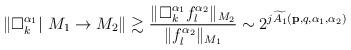
LaTeX: \begin{align*} \left\|\Box_k^{\alpha_1}|~M_1\rightarrow M_2\right\| \gtrsim \frac{\|\Box_k^{\alpha_1} f_l^{\alpha_2}\|_{M_2}}{\|f_l^{\alpha_2}\|_{M_1}}\sim2^{j\widetilde{A_1}(\mathbf{p},q,\alpha_1,\alpha_2)}\end{align*}